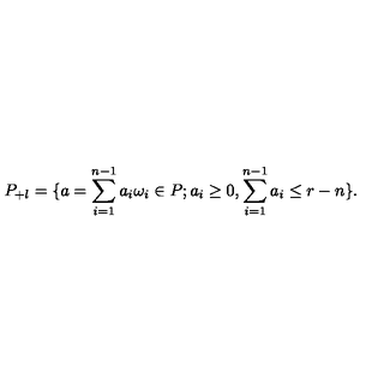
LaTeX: P _ { + l } = \{ a = \sum _ { i = 1 } ^ { n - 1 } a _ { i } \omega _ { i } \in P ; a _ { i } \ge 0 , \sum _ { i = 1 } ^ { n - 1 } a _ { i } \le r - n \} .